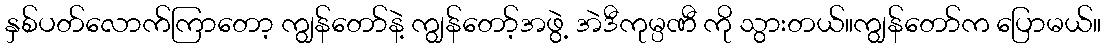
နှစ်ပတ်လောက်ကြာတော့ ကျွန်တော်နဲ့ ကျွန်တော့်အဖွဲ့ အဲဒီကုမ္ပဏီ ကို သွားတယ်။ကျွန်တော်က ပြောမယ်။